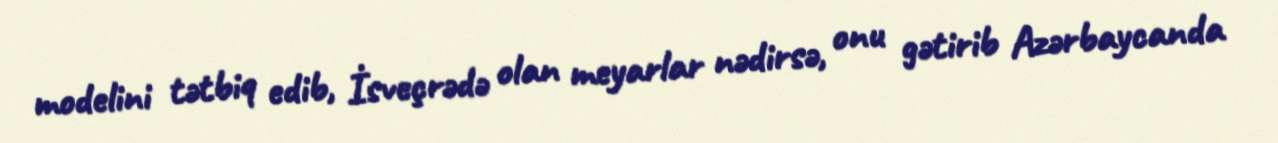
modelini tətbiq edib, İsveçrədə olan meyarlar nədirsə, onu gətirib Azərbaycanda